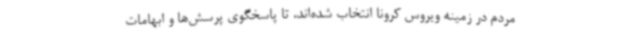
مردم در زمینه ویروس کرونا انتخاب شده‌اند، تا پاسخگوی پرسش‌ها و ابهامات